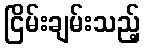
ငြိမ်းချမ်းသည့်